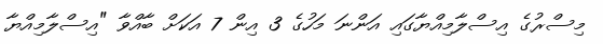
މިސްރުގެ އިސްލާމިއްޔާގައި އަންނަ މަހުގެ 3 އިން 7 އަކަށް ބާއްވާ "އިސްލާމިއްޔާ